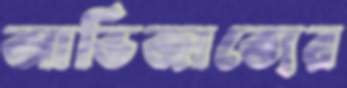
আভিজাত্যের